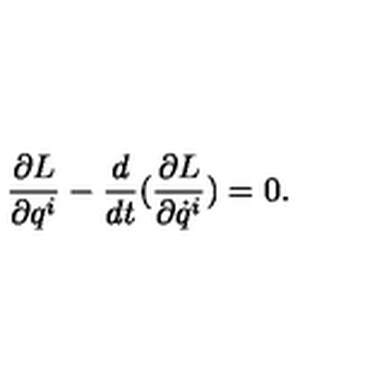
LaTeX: \frac { \partial { L } } { \partial q ^ { i } } - \frac { d } { d t } ( \frac { \partial { L } } { \partial \dot { q } ^ { i } } ) = 0 .